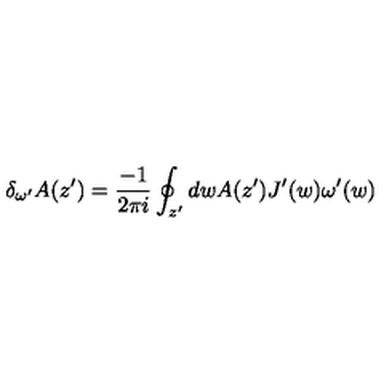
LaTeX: \delta _ { \omega ^ { \prime } } A ( z ^ { \prime } ) = \frac { - 1 } { 2 \pi i } \oint _ { z ^ { \prime } } d w A ( z ^ { \prime } ) J ^ { \prime } ( w ) \omega ^ { \prime } ( w )